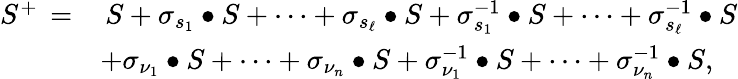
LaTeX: \begin{array}{rl}{S^{+}\, =}&{\, S+\sigma_{s_{1}}\bullet S+\cdots+\sigma_{s_{\ell}}\bullet S+\sigma_{s_{1}}^{-1}\bullet S+\cdots+\sigma_{s_{\ell}}^{-1}\bullet S}\\ &{+\sigma_{\nu_{1}}\bullet S+\cdots+\sigma_{\nu_{n}}\bullet S+\sigma_{\nu_{1}}^{-1}\bullet S+\cdots+\sigma_{\nu_{n}}^{-1}\bullet S,}\end{array}